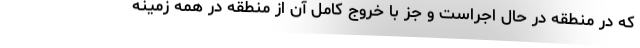
که در منطقه در حال اجراست و جز با خروج کامل آن از منطقه در همه زمینه